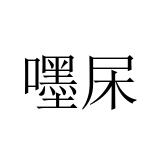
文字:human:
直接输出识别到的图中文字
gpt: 嚜杘